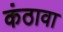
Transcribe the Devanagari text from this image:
कंठावा